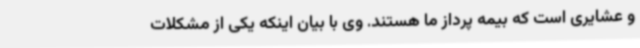
و عشایری است که بیمه پرداز ما هستند. وی با بیان اینکه یکی از مشکلات